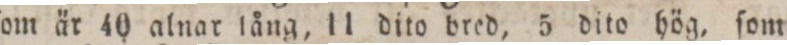
ſom är 40 alnar lång, 11 dito bred, 5 dito hög, ſom